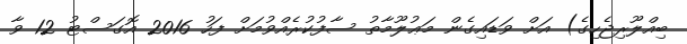
ބިއްލޫރިޖެހިގެ) އަށް ވަޑައިގެން މަޢުލޫމާތު ސާފުކުރެއްވުމަށް ފަހު 2016 އޮގަސްޓު 12 ވާ